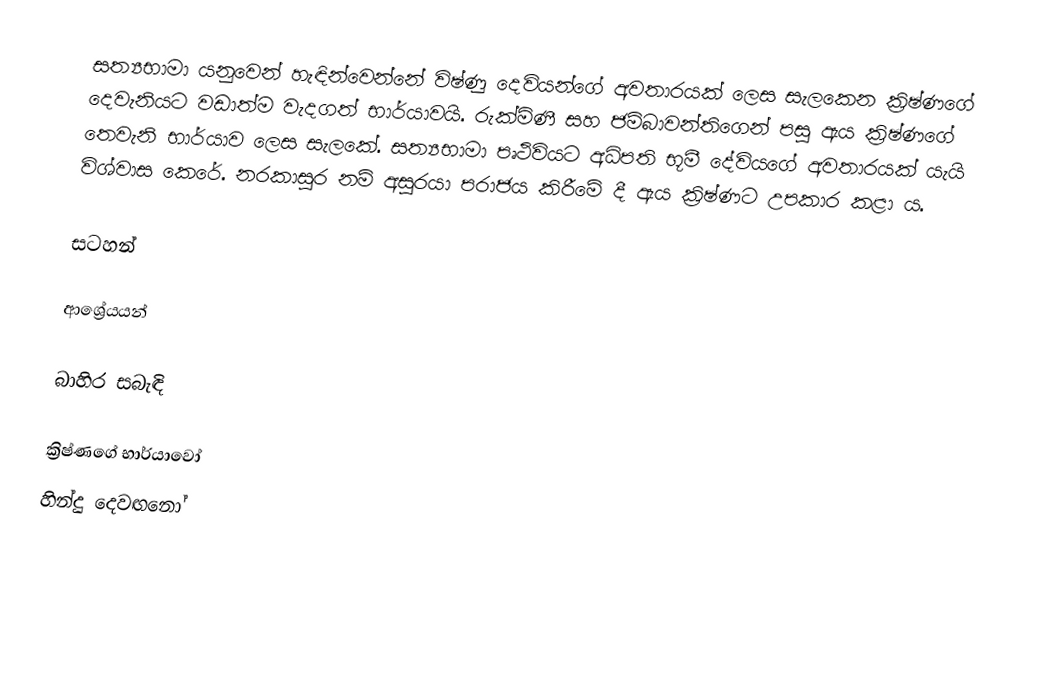
සත්‍යභාමා යනුවෙන් හැඳින්වෙන්නේ විෂ්ණු දෙවියන්ගේ අවතාරයක් ලෙස සැලකෙන ක්‍රිෂ්ණගේ දෙවැනියට වඩාත්ම වැදගත් භාර්යාවයි. රුක්මිණී සහ ජම්බාවන්තිගෙන් පසු ඇය ක්‍රිෂ්ණගේ තෙවැනි භාර්යාව ලෙස සැලකේ. සත්‍යභාමා පෘථිවියට අධිපති භූමී දේවියගේ අවතාරයක් යැයි විශ්වාස කෙරේ. නරකාසුර නම් අසුරයා පරාජය කිරීමේ දී ඇය ක්‍රිෂ්ණට උපකාර කළා ය.

සටහන්

ආශ්‍රේයයන්

බාහිර සබැඳි

ක්‍රිෂ්ණගේ භාර්යාවෝ
හින්දු දෙවඟනෝ